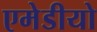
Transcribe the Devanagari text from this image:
एमेडीयो